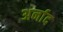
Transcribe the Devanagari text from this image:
अर्नाद